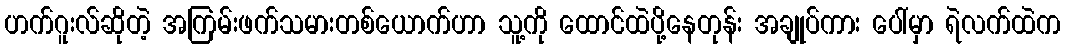
ဟက်ဂူးလ်ဆိုတဲ့ အကြမ်းဖက်သမားတစ်ယောက်ဟာ သူ့ကို ထောင်ထဲပို့နေတုန်း အချုပ်ကား ပေါ်မှာ ရဲလက်ထဲက